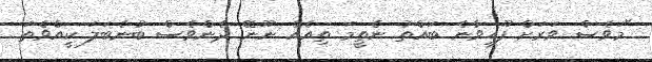
"މަވެސް ވަރަށް ފޫހިވާނެ ބައްތު ނެތީމަ ތިއެއް ނޫނޭ ދެންވެސް ބުނެބަލަ ކީއްވެތަ